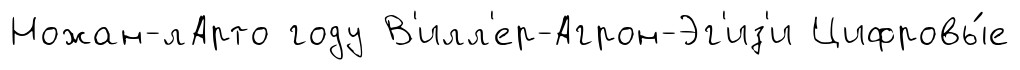
Ножан-лАрто году В'илл'ер-Агрон-Эг'из'и Цифровы́е